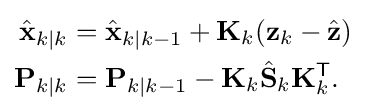
{\begin{aligned}{\hat {\mathbf {x} }}_{k\mid k}&={\hat {\mathbf {x} }}_{k|k-1}+\mathbf {K} _{k}(\mathbf {z} _{k}-{\hat {\mathbf {z} }})\\\mathbf {P} _{k\mid k}&=\mathbf {P} _{k\mid k-1}-\mathbf {K} _{k}{\hat {\mathbf {S} }}_{k}\mathbf {K} _{k}^{\textsf {T}}.\end{aligned}}